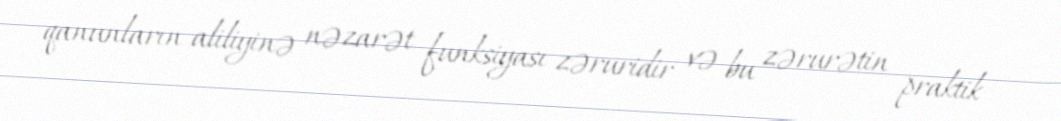
qanunların aliliyinə nəzarət funksiyası zəruridir və bu zərurətin praktik